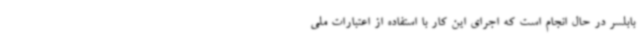
بابلسر در حال انجام است که اجرای این کار با استفاده از اعتبارات ملی